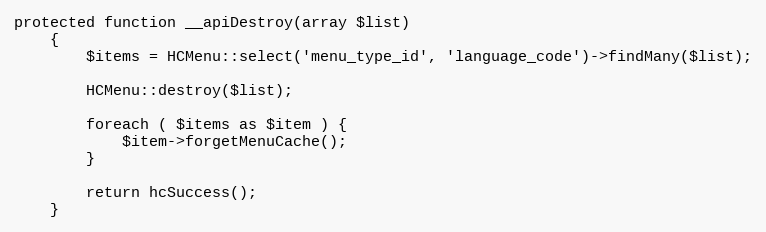
Language: PHP
protected function __apiDestroy(array $list)
    {
        $items = HCMenu::select('menu_type_id', 'language_code')->findMany($list);

        HCMenu::destroy($list);

        foreach ( $items as $item ) {
            $item->forgetMenuCache();
        }

        return hcSuccess();
    }